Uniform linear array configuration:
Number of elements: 32
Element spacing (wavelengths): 0.75
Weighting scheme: kaiser
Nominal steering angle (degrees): -15
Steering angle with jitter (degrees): -16.64
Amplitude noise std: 0.05
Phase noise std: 0.05

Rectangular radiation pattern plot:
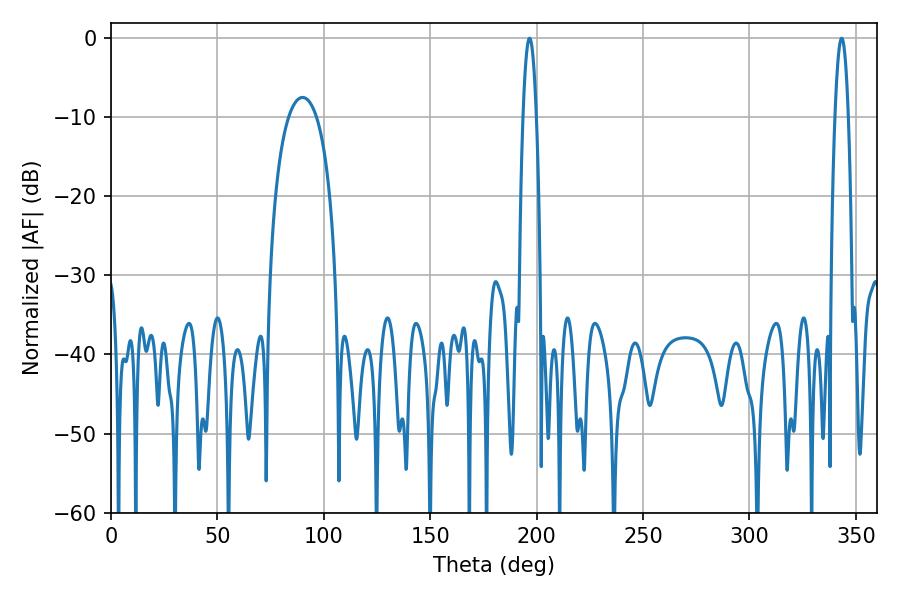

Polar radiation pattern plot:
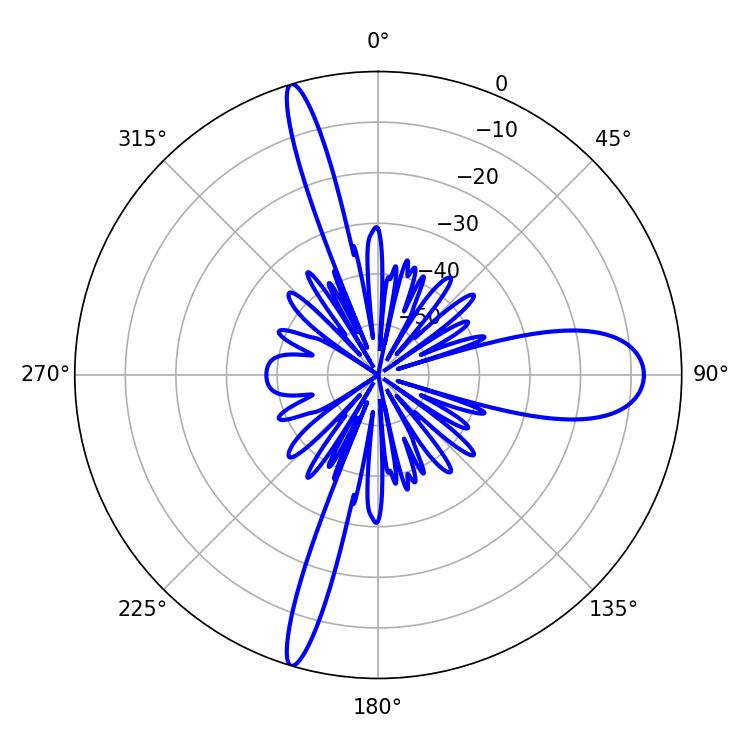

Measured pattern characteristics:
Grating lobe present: TRUE
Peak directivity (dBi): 24.417
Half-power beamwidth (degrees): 3.42
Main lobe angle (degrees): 196.74